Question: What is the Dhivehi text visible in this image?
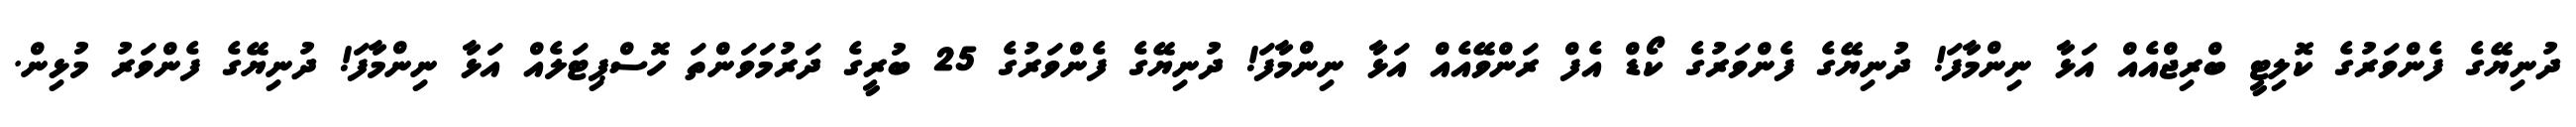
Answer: ދުނިޔޭގެ ފެންވަރުގެ ކޮލިޓީ ބްރިޖްއެއް އަޅާ ނިންމާފަ! ދުނިޔޭގެ ފެންވަރުގެ ކޯޑް އެފް ރަންވޭއެއް އަޅާ ނިންމާފަ! ދުނިޔޭގެ ފެންވަރުގެ 25 ބުރީގެ ދަރުމަވަންތަ ހޮސްޕިޓަލެއް އަޅާ ނިންމާފަ! ދުނިޔޭގެ ފެންވަރު މުޅިން.